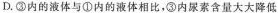
D.③内的液体与①内的液体相比，③内尿素含量大大降低